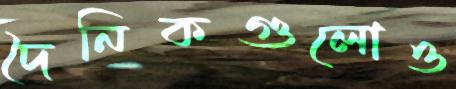
দৈনিকগুলোও